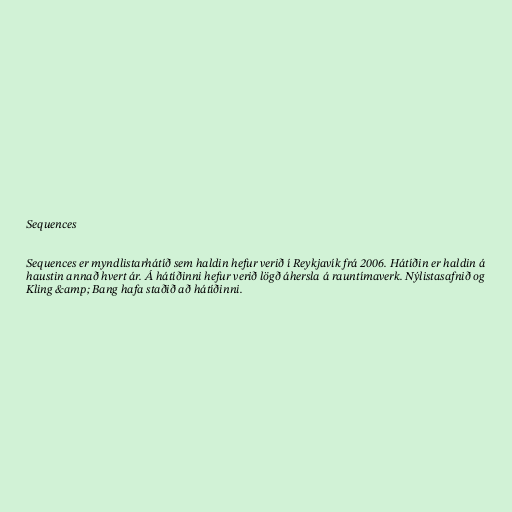
Sequences

Sequences er myndlistarhátíð sem haldin hefur verið í Reykjavík frá 2006. Hátíðin er haldin á
haustin annað hvert ár. Á hátíðinni hefur verið lögð áhersla á rauntímaverk. Nýlistasafnið og
Kling &amp; Bang hafa staðið að hátíðinni.